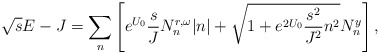
\begin{align*}\sqrt{s}E - J = \sum_n \left[ e^{U_0} \frac{s}{J}N_n^{r,\omega}|n| +\sqrt{1+e^{2U_0}\frac{s^2}{J^2}n^2}N_n^y \right],\end{align*}